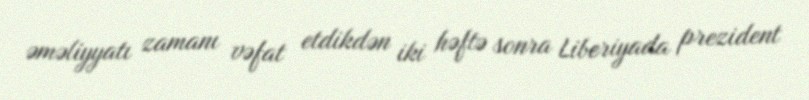
əməliyyatı zamanı vəfat etdikdən iki həftə sonra Liberiyada prezident